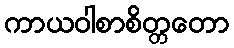
ကာယဝါစာစိတ္တတော